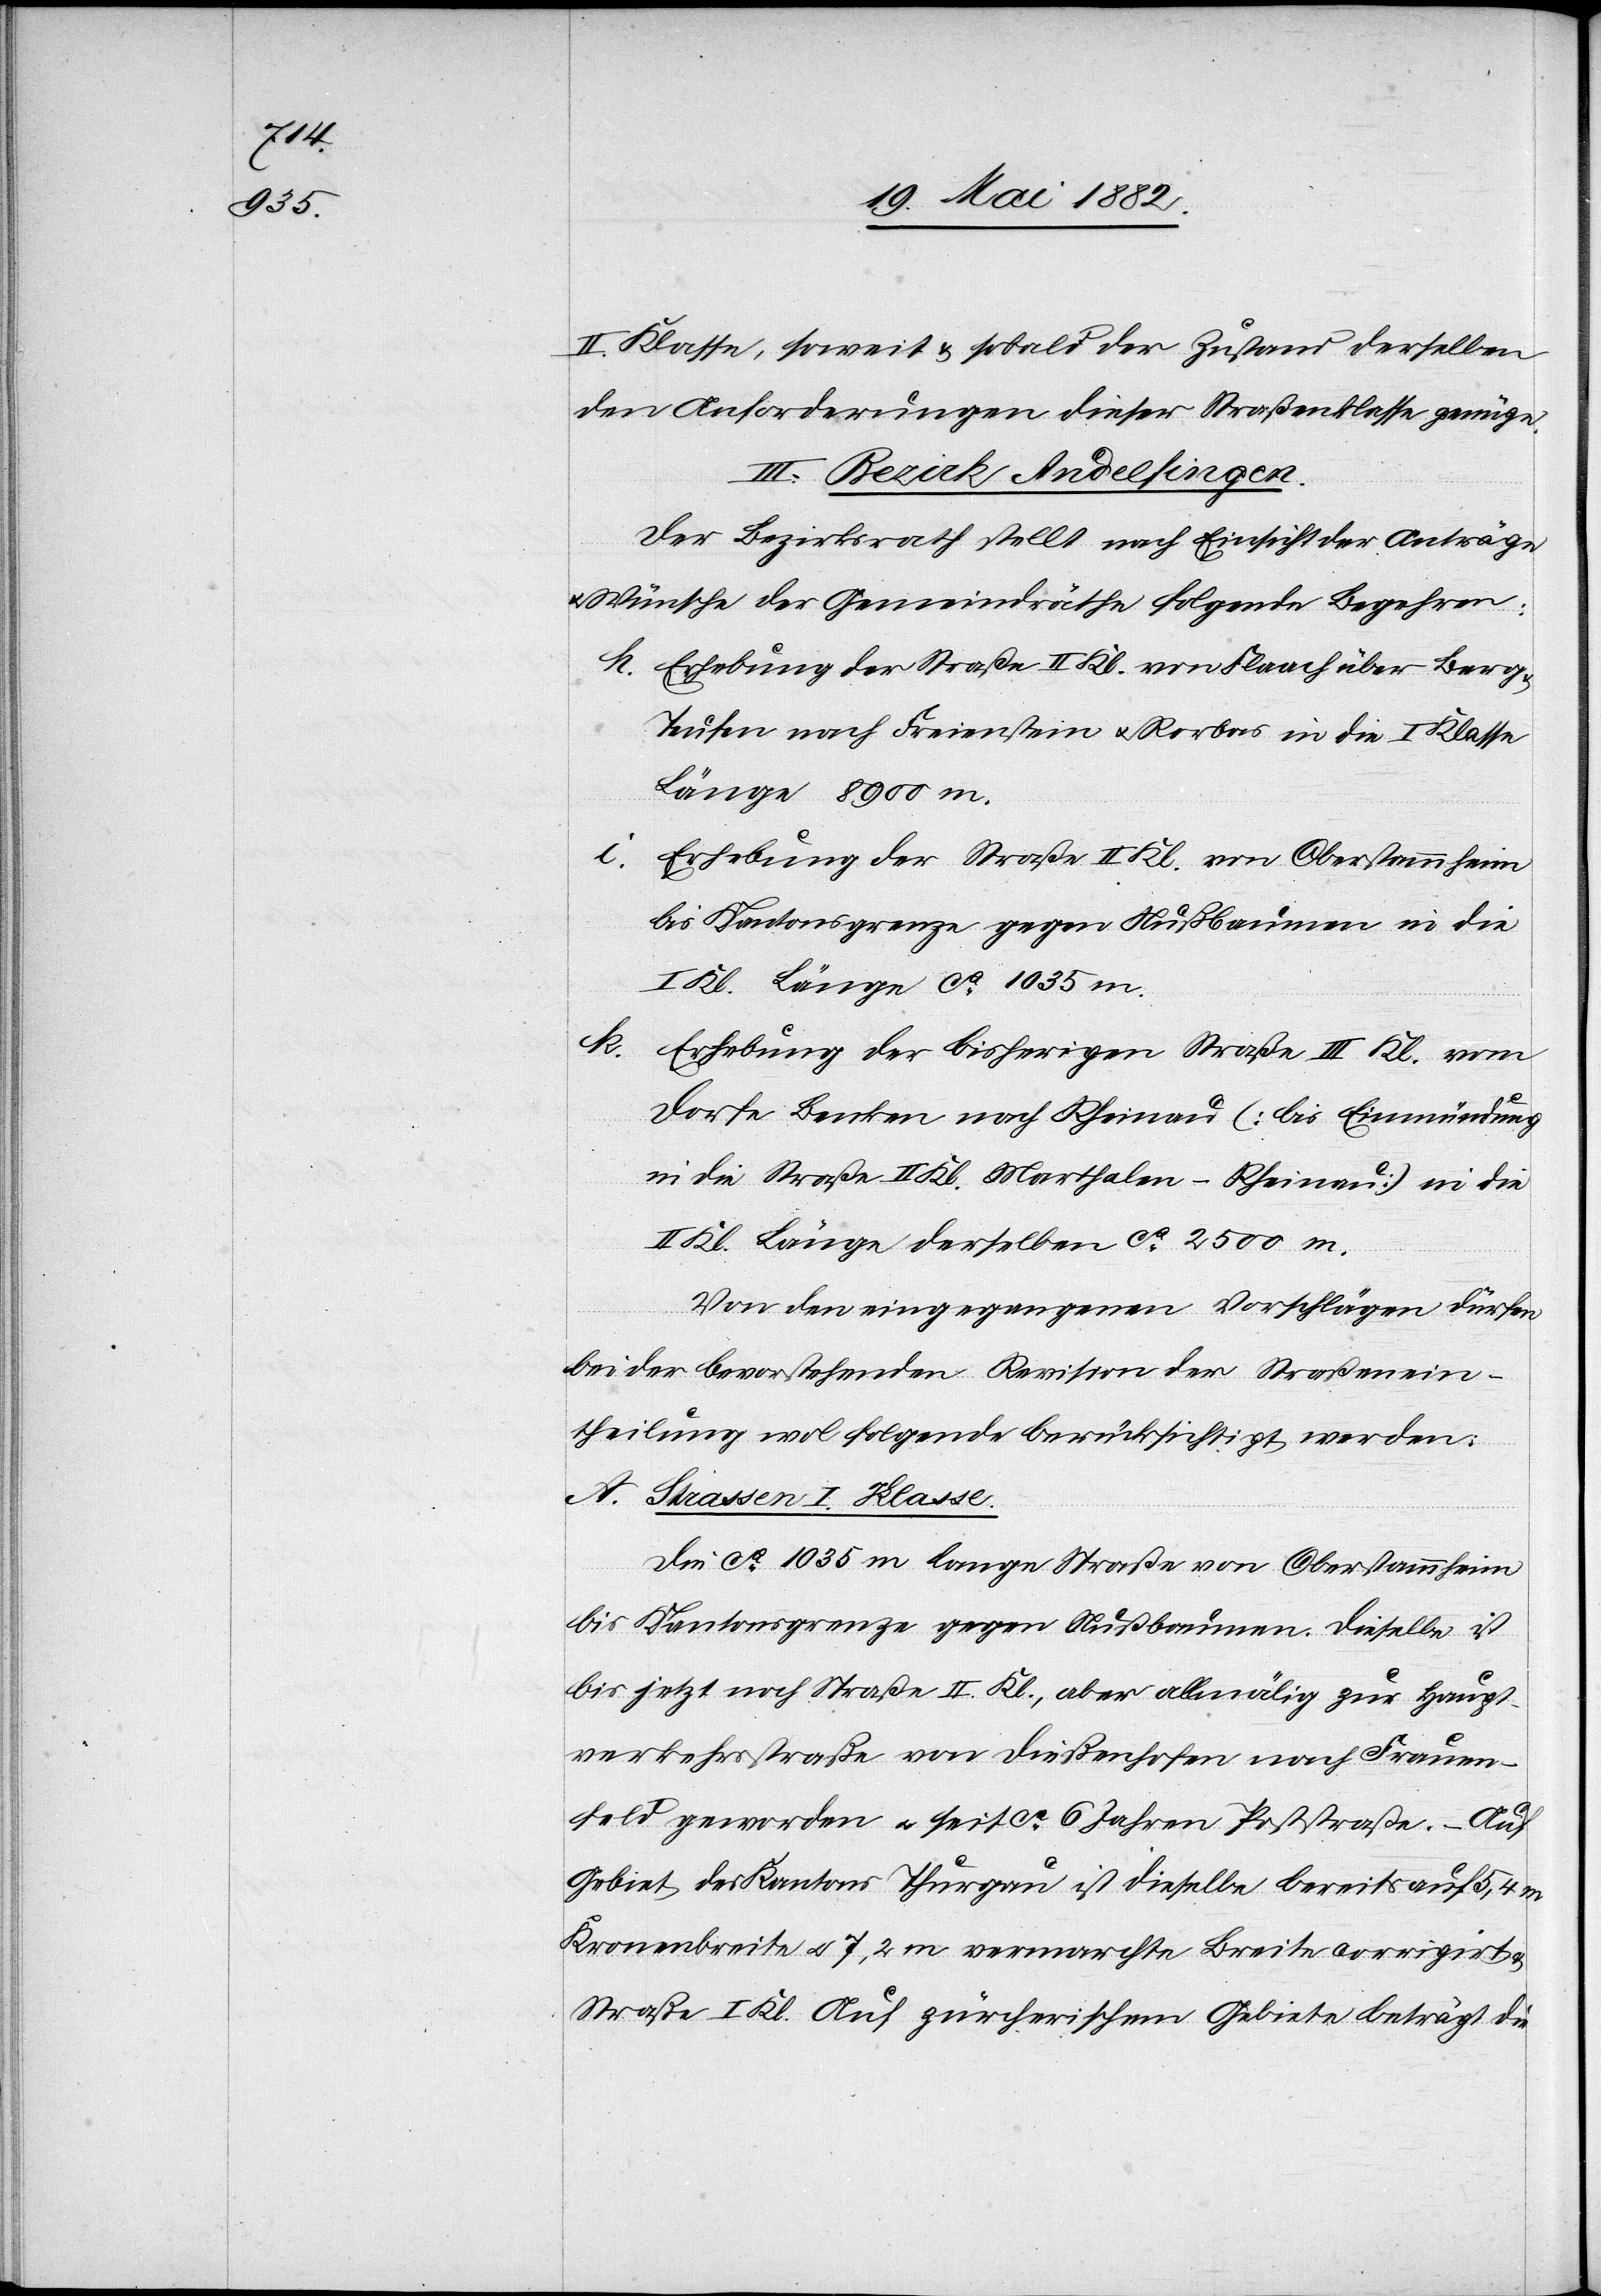
II. Klasse, soweit & sobald der Zustand derselben
den Anforderungen dieser Straßenklasse genüge.
III. Bezirk Andelfingen.
Der Bezirksrath stellt nach Einsicht der Anträge
Wünsche der Gemeindräthe folgende Begehren:
h. Erhebung der Straße II. Kl. von Flaach über Berg
Teufen nach Freienstein u. Rorbas in die I. Klasse,
Länge 8900 m.
i. Erhebung der Straße II. Kl. von Oberstammheim
bis Kantonsgrenze gegen Nußbaumen in die
I. Kl. Länge ca 1035 m.
I.
Erhebung der bisherigen Straße III. Kl. vom
Dorfe Benken nach Rheinau (bis Einmündung
in die Straße II. Kl. Marthalen–Rheinau) in die
Kl. Länge derselben ca 2500 m.
Von den eingegangenen Vorschlägen dürfen
bei der bevorstehenden Revision der Straßenein¬
theilung wol folgende berücksichtigt werden.
Die ca 1035 m lange Straße von Oberstammheim
bis Kantonsgrenze gegen Nußbaumen. Dieselbe ist
bis jetzt noch Straße II. Kl., aber allmälig zur Haupt¬
verkehrsstraße von Dießenhofen nach Frauen¬
feld geworden u. seit ca 6 Jahren Poststraße. – Auf
Gebiet des Kantons Thurgau ist dieselbe bereits auf 5,4 m
Kronenbreite u. 7,2 m vermarchte Breite corrigirt
Straße I. Kl. Auf zürcherischem Gebiete beträgt die